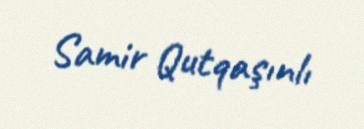
Samir Qutqaşınlı